画像に写った文字を読んでください
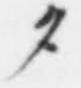
「タ」と書いてあります